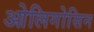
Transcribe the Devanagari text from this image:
ओलिगोसिन